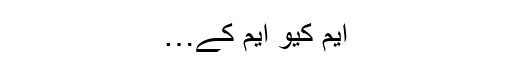
ایم کیو ایم کے…